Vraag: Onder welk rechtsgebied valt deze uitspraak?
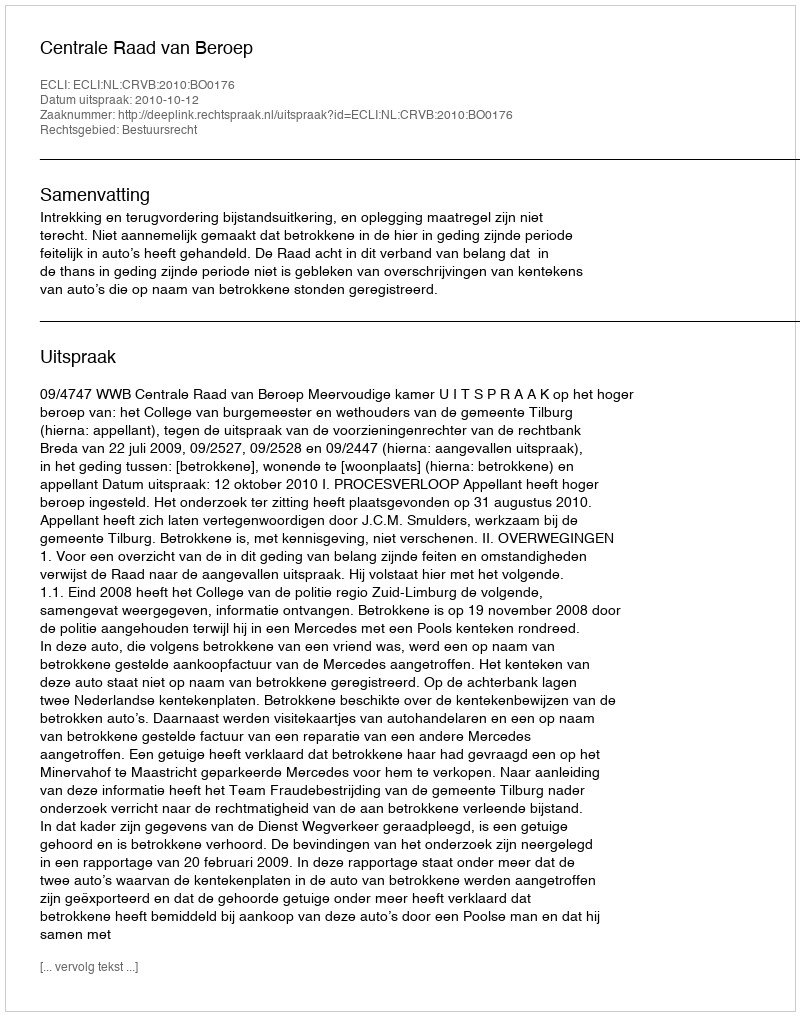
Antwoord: Bestuursrecht